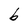
Character: b